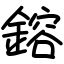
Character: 鎔